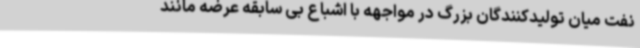
نفت میان تولیدکنندگان بزرگ در مواجهه با اشباع بی سابقه عرضه مانند